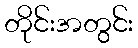
တိုင်းအတွင်း